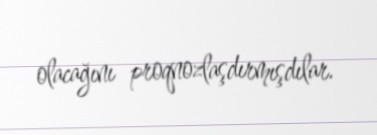
olacağını proqnozlaşdırmışdılar.